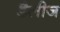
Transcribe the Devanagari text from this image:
डैलीज